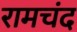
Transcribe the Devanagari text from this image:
रामचंद